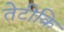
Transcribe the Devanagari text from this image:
तेटीकि